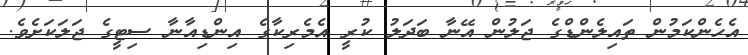
އެހެންކަމުން ތައިލެންޑްގެ ޖަލުން އޭނާ ބަދަލު ކުރީ އެމެރިކާގެ އިންޑިއާނާ ސިޓީގެ ޖަލަކަށެވެ.